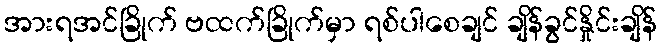
အားရအင်ခြိုက် ဗထက်ခြိုက်မှာ ရစ်ပါစေချင် ချိန်ခွင်နှိုင်းချိန်